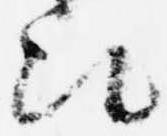
次